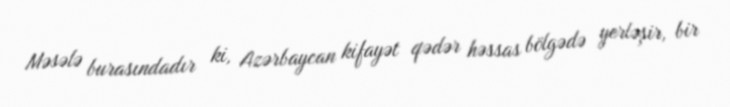
Məsələ burasındadır ki, Azərbaycan kifayət qədər həssas bölgədə yerləşir, bir